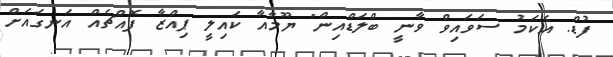
ފުޑް. އެކަމު ސަވައިވް ވާނީ ބްލަޑްއިން" ޔޫމާއާ ކައިލީ ޕިއްޒާ ފޮއްޗެއް އަނގައަށް